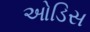
ઓડિસ